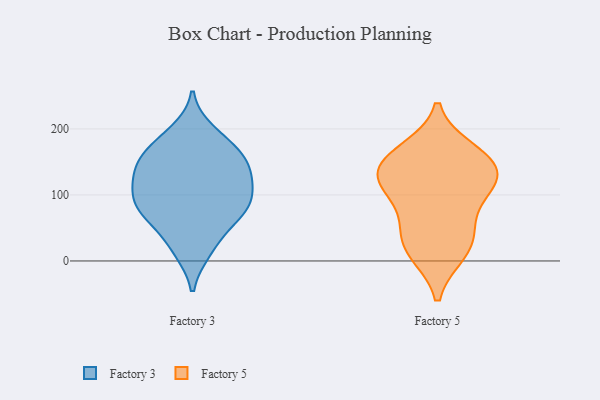
{"axis": {"x": "Customer Acquisition Cost (USD)", "y": "Value"}, "legend": ["Factory 3", "Factory 5"], "data": [{"x": "", "y": 151, "type": "Factory 3"}, {"x": "", "y": 53, "type": "Factory 3"}, {"x": "", "y": 113, "type": "Factory 3"}, {"x": "", "y": 167, "type": "Factory 3"}, {"x": "", "y": 116, "type": "Factory 3"}, {"x": "", "y": 85, "type": "Factory 3"}, {"x": "", "y": 78, "type": "Factory 3"}, {"x": "", "y": 59, "type": "Factory 3"}, {"x": "", "y": 141, "type": "Factory 3"}, {"x": "", "y": 124, "type": "Factory 3"}, {"x": "", "y": 163, "type": "Factory 3"}, {"x": "", "y": 81, "type": "Factory 3"}, {"x": "", "y": 17, "type": "Factory 3"}, {"x": "", "y": 87, "type": "Factory 3"}, {"x": "", "y": 196, "type": "Factory 3"}, {"x": "", "y": 88, "type": "Factory 3"}, {"x": "", "y": 128, "type": "Factory 3"}, {"x": "", "y": 186, "type": "Factory 3"}, {"x": "", "y": 15, "type": "Factory 3"}, {"x": "", "y": 154, "type": "Factory 3"}, {"x": "", "y": 149, "type": "Factory 5"}, {"x": "", "y": 126, "type": "Factory 5"}, {"x": "", "y": 140, "type": "Factory 5"}, {"x": "", "y": 96, "type": "Factory 5"}, {"x": "", "y": 167, "type": "Factory 5"}, {"x": "", "y": 109, "type": "Factory 5"}, {"x": "", "y": 44, "type": "Factory 5"}, {"x": "", "y": 48, "type": "Factory 5"}, {"x": "", "y": 159, "type": "Factory 5"}, {"x": "", "y": 12, "type": "Factory 5"}, {"x": "", "y": 14, "type": "Factory 5"}, {"x": "", "y": 120, "type": "Factory 5"}]}